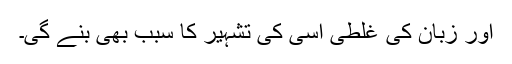
اور زبان کی غلطی اسی کی تشہیر کا سبب بھی بنے گی۔